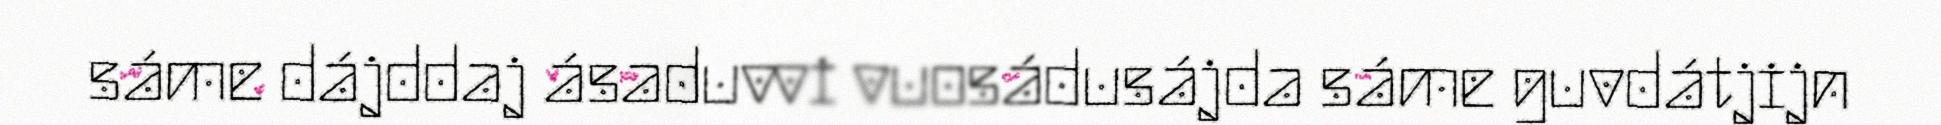
sáme dájddaj ásaduvvi vuosádusájda sáme guvdátjijn